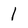
Character: 1